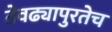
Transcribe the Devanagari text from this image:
तेवढ्यापुरतेच